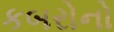
કબરોનો